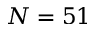
N = 5 1